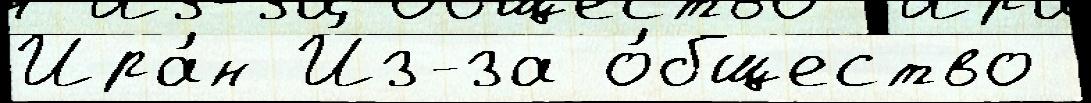
Ира́н И́з-за о́бщество